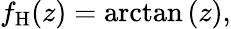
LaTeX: f_{\mathrm{H}}(z)=\arctan\left(z\right),